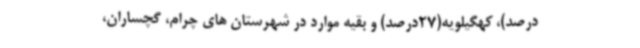
درصد)، کهگیلویه(27درصد) و بقیه موارد در شهرستان های چرام، گچساران،